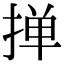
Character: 掸